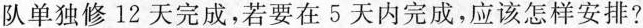
队单独修12天完成，若要在5天内完成，应该怎样安排?